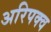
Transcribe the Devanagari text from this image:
अरिपक्व